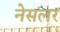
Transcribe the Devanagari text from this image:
नेसलर